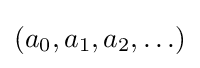
(a_{0},a_{1},a_{2},\ldots )